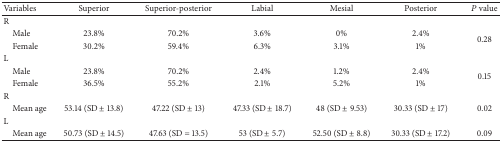
<table><thead><tr><td><b>Variables</b></td><td><b>Superior</b></td><td><b>Superior-posterior</b></td><td><b>Labial</b></td><td><b>Mesial</b></td><td><b>Posterior</b></td><td><b><i>P</i> value</b></td></tr></thead><tbody><tr><td>R</td><td> </td><td> </td><td> </td><td> </td><td> </td><td> </td></tr><tr><td> Male</td><td>23.8%</td><td>70.2%</td><td>3.6%</td><td>0%</td><td>2.4%</td><td rowspan="2">0.28</td></tr><tr><td> Female</td><td>30.2%</td><td>59.4%</td><td>6.3%</td><td>3.1%</td><td>1%</td></tr><tr><td>L</td><td> </td><td> </td><td> </td><td> </td><td> </td><td> </td></tr><tr><td> Male</td><td>23.8%</td><td>70.2%</td><td>2.4%</td><td>1.2%</td><td>2.4%</td><td rowspan="2">0.15</td></tr><tr><td> Female</td><td>36.5%</td><td>55.2%</td><td>2.1%</td><td>5.2%</td><td>1%</td></tr><tr><td>R</td><td> </td><td> </td><td> </td><td> </td><td> </td><td> </td></tr><tr><td> Mean age</td><td>53.14 (SD ± 13.8)</td><td>47.22 (SD ± 13)</td><td>47.33 (SD ± 18.7)</td><td>48 (SD ± 9.53)</td><td>30.33 (SD ± 17)</td><td>0.02</td></tr><tr><td>L</td><td> </td><td> </td><td> </td><td> </td><td> </td><td> </td></tr><tr><td> Mean age</td><td>50.73 (SD ± 14.5)</td><td>47.63 (SD = 13.5)</td><td>53 (SD ± 5.7)</td><td>52.50 (SD ± 8.8)</td><td>30.33 (SD ± 17.2)</td><td>0.09</td></tr></tbody></table>